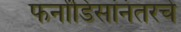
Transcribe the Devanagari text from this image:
फर्नांडिसांनंतरचे